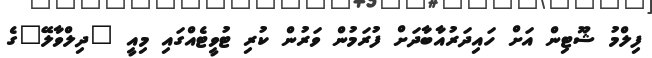
ފިލްމު ޝޫޓިން އަށް ހައިދަރުއާބާދަށް ފުރަމުން ވަރުން ކުރި ޓުވީޓެއްގައި މިއީ "ދިލްވާލޭ"ގެ